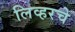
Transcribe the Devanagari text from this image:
लिव्हरचे